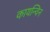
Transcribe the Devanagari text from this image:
कायन्विन